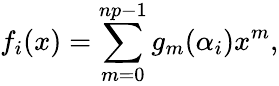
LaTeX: f_{i}(x)=\sum_{m=0}^{np-1}g_{m}(\alpha_{i})x^{m},